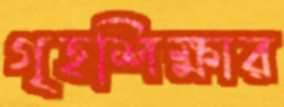
গৃহশিক্ষার